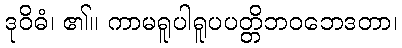
ဒုဝိဓံ၊ ၏။ ကာမရူပါရူပပတ္တိဘဝဘေဒတာ၊